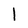
Character: l